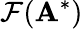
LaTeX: \mathcal{F}({\mathbf{A}}^{*})